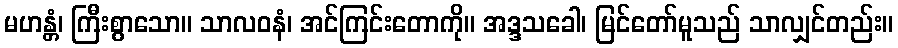
မဟန္တံ၊ ကြီးစွာသော။ သာလဝနံ၊ အင်ကြင်းတောကို။ အဒ္ဒသခေါ၊ မြင်တော်မူသည် သာလျှင်တည်း။